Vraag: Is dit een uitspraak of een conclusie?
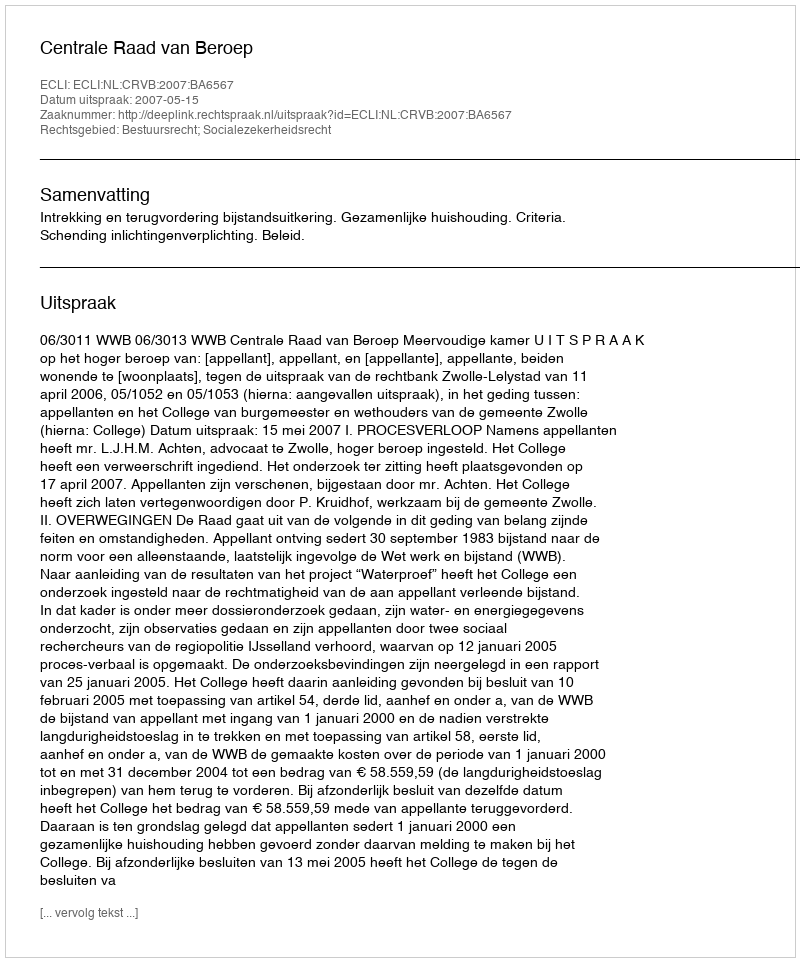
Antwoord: Uitspraak